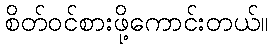
စိတ်ဝင်စားဖို့ကောင်းတယ်။